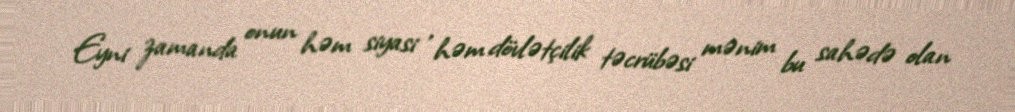
Eyni zamanda onun həm siyasi , həm dövlətçilik təcrübəsi mənim bu sahədə olan